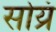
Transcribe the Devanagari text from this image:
सोय्रं